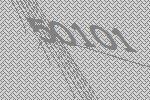
50101